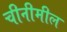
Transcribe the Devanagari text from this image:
चीनीमील